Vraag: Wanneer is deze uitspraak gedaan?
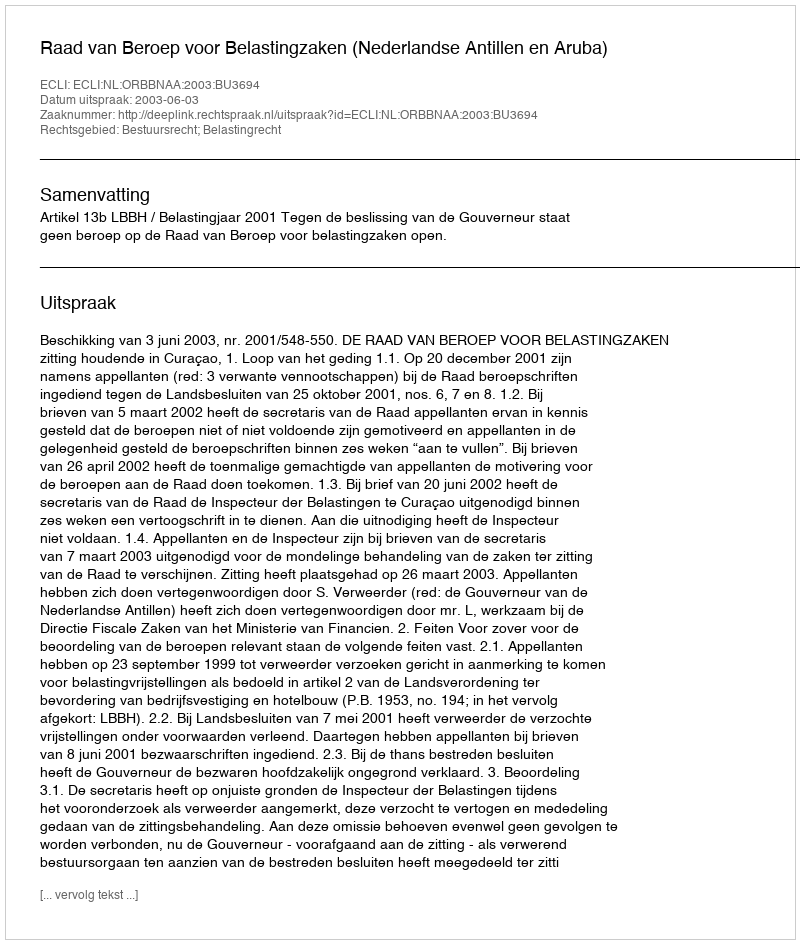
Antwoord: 2003-06-03